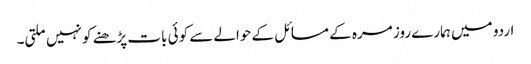
اردو میں ہمارے روز مرہ کے مسائل کے حوالے سے کوئی بات پڑھنے کو نہیں ملتی۔